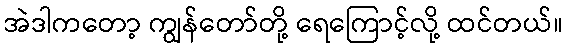
အဲဒါကတော့ ကျွန်တော်တို့ ရေကြောင့်လို့ ထင်တယ်။